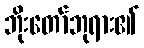
ဘိုးတော်ဘုရား၏